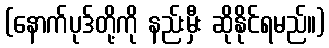
(နောက်ပုဒ်တို့ကို နည်းမှီး ဆိုနိုင်ရမည်။)